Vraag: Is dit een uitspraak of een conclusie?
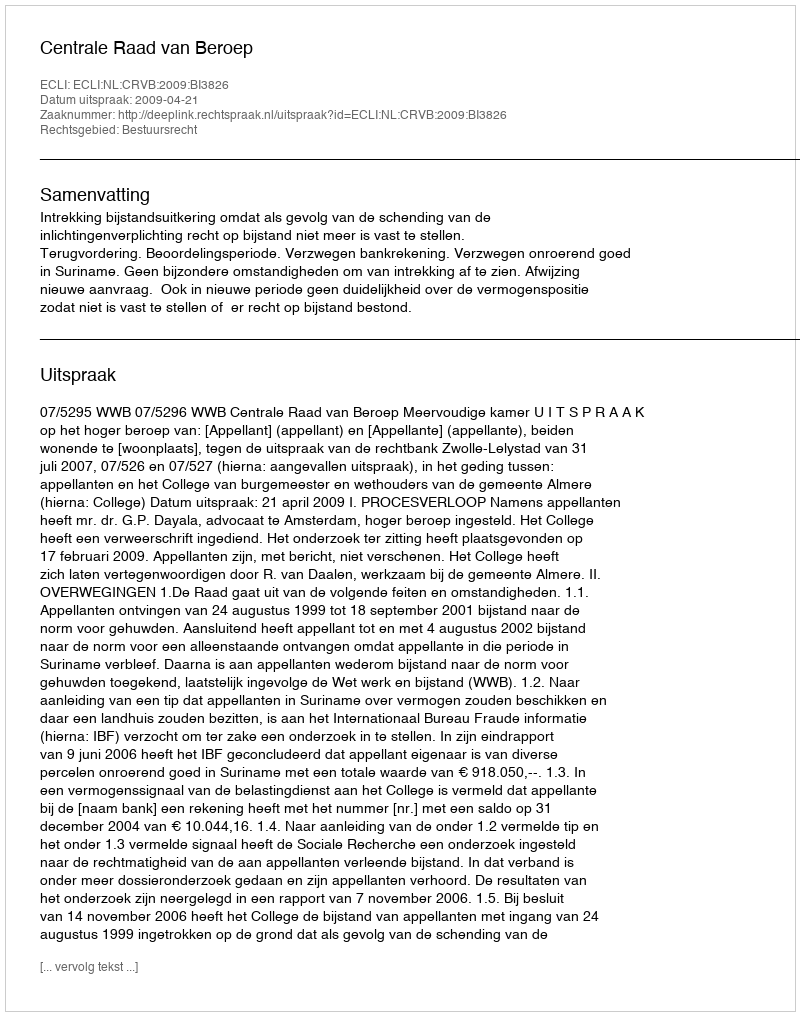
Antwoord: Uitspraak